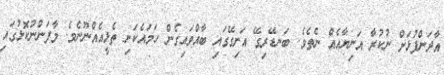
އާދަންފުޅަށް ނުކުރާ އަނިޔާއެއް ނެތެވެ. ބަނޑޭރިގޭ އަށިގޭގައި ބާއްވައިގެން ހަމައެކަނި ތެޅީއެއްނޫނެވެ. މާފަންނުކޮޅުގައި